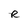
Character: R